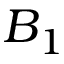
B _ { 1 }